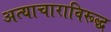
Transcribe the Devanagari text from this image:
अत्याचाराविरूद्ध